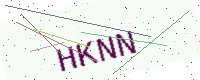
Text: HKNN